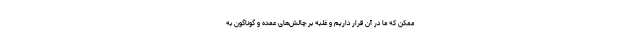
ممکن که ما در آن قرار داریم و غلبه بر چالش‌های عمده و گوناگون به